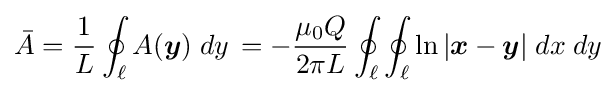
{\bar {A}}={1 \over L}\oint _{\ell }A({\boldsymbol {y}})\;dy\,=-{\mu _{0}Q \over 2\pi L}\oint _{\ell }\oint _{\ell }\ln \vert {\boldsymbol {x}}-{\boldsymbol {y}}\vert \;dx\;dy